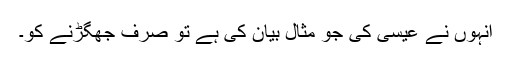
انہوں نے عیسیٰ کی جو مثال بیان کی ہے تو صرف جھگڑنے کو۔